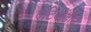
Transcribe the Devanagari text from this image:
एंटिबोडीज